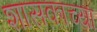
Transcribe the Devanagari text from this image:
शासकाच्या